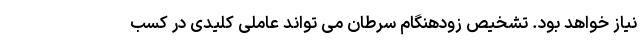
نیاز خواهد بود. تشخیص زودهنگام سرطان می تواند عاملی کلیدی در کسب